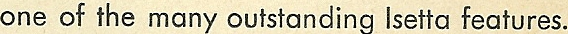
one of the many outstanding lsetta features.